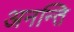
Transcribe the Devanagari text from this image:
अनन्ति